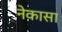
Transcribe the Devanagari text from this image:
नेकासा